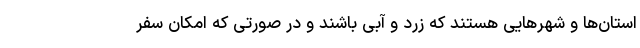
استان‌ها و شهر‌هایی هستند که زرد و آبی باشند و در صورتی که امکان سفر